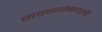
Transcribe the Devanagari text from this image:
चाचण्यांमधली